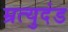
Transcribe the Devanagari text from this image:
म्रत्युदंड